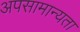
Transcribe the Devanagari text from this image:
अपसामान्यता